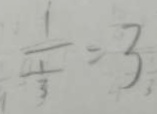
\frac { 1 } { \frac { 1 } { 3 } } = 3